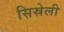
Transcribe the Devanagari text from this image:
सिस्रेली